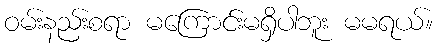
ဝမ်းနည်းစရာ မကြောင်းမရှိပါဘူး မမရယ်။